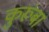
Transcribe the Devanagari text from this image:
कुरूंबा